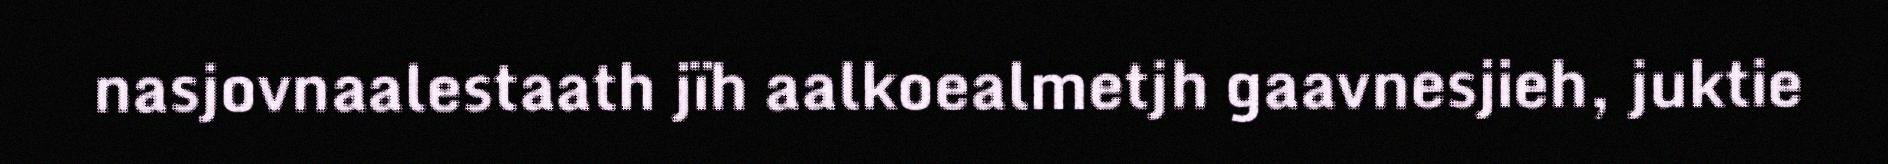
nasjovnaalestaath jïh aalkoealmetjh gaavnesjieh, juktie